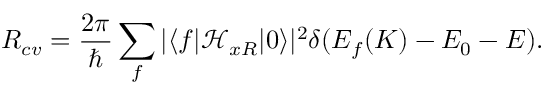
R _ { c v } = \frac { 2 \pi } { \hbar } \sum _ { f } | \langle f \vert \mathcal { H } _ { x R } \vert 0 \rangle | ^ { 2 } \delta ( E _ { f } ( K ) - E _ { 0 } - E ) .